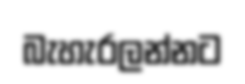
බැහැරලන්නට